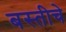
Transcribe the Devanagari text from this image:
बस्तीचे